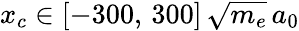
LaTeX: x_{c}\in[-300,\, 300]\, \sqrt{m_{e}}\, a_{0}